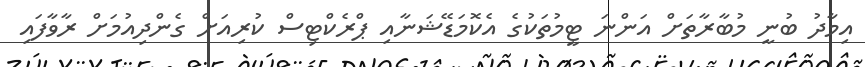
އިމާދު ބުނީ މުބާރާތަށް އަންނަ ޓީމުތަކުގެ އެކޮމަޑޭޝަނާއި ޕްރެކްޓިސް ކުރިއަށް ގެންދިއުމަށް ރާވާފައި